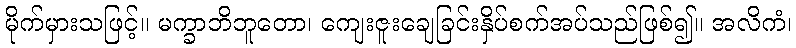
မိုက်မှားသဖြင့်။ မက္ခာဘိဘူတော၊ ကျေးဇူးချေခြင်းနှိပ်စက်အပ်သည်ဖြစ်၍။ အလိကံ၊